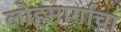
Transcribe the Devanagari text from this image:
लोहमार्गाचा